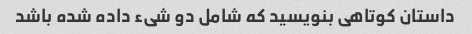
داستان کوتاهی بنویسید که شامل دو شیء داده شده باشد